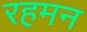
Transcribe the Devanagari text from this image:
रहमन